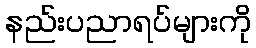
နည်းပညာရပ်များကို